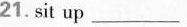
21.sit up ___